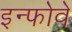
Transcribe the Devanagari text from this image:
इन्फोवे